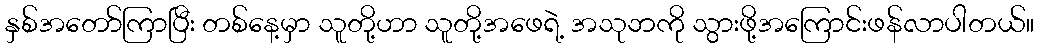
နှစ်အတော်ကြာပြီး တစ်နေ့မှာ သူတို့ဟာ သူတို့အဖေရဲ့ အသုဘကို သွားဖို့အကြောင်းဖန်လာပါတယ်။